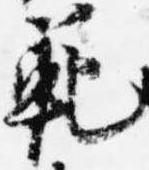
範